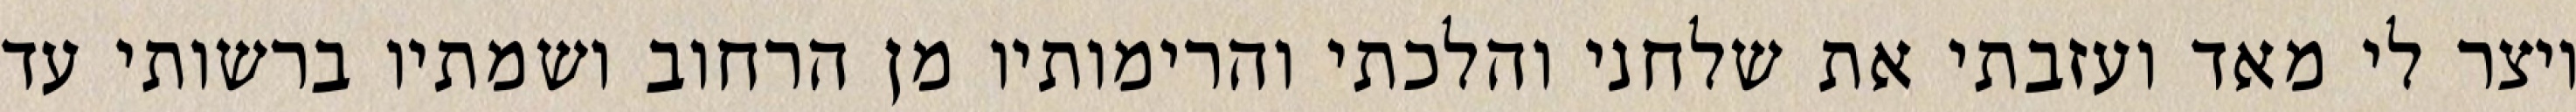
ויצר לי מאד ועזבתי את שלחני והלכתי והרימותיו מן הרחוב ושמתיו ברשותי עד